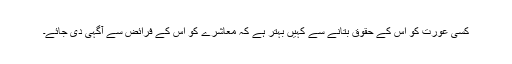
کسی عورت کو اس کے حقوق بتانے سے کہیں بہتر ہے کہ معاشرے کو اس کے فرائض سے آگہی دی جائے۔